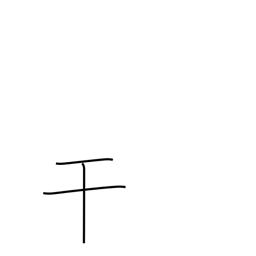
Meaning: intercede